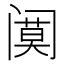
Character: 𲉆